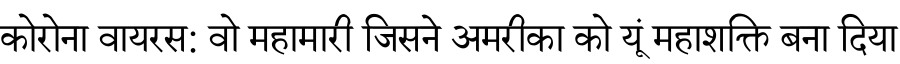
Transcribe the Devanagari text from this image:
कोरोना वायरस: वो महामारी जिसने अमरीका को यूं महाशक्ति बना दिया